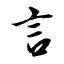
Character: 言